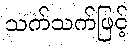
သက်သက်ဖြင့်